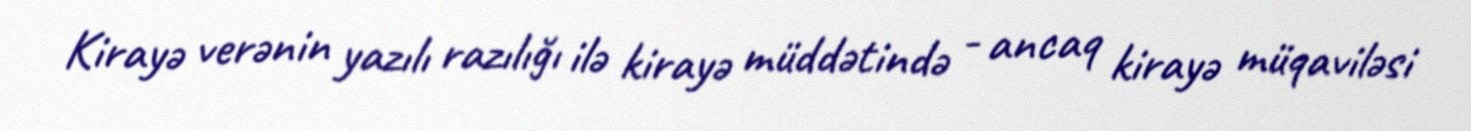
Kirayə verənin yazılı razılığı ilə kirayə müddətində - ancaq kirayə müqaviləsi